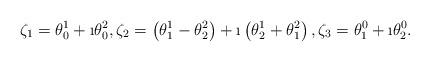
LaTeX: \begin{align*}\zeta_1=\theta^1_0+\i\theta^2_0,\zeta_2=\left(\theta^1_1-\theta^2_2\right)+\i\left(\theta^1_2+\theta^2_1\right),\zeta_3=\theta^0_1+\i\theta^0_2.\end{align*}